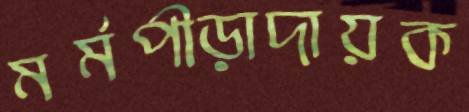
মর্মপীড়াদায়ক